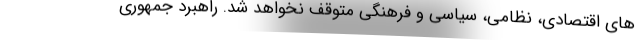
های اقتصادی، نظامی، سیاسی و فرهنگی متوقف نخواهد شد. راهبرد جمهوری